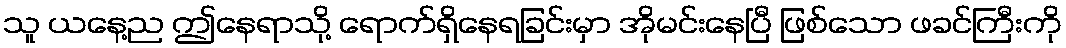
သူ ယနေ့ည ဤနေရာသို့ ရောက်ရှိနေရခြင်းမှာ အိုမင်းနေပြီ ဖြစ်သော ဖခင်ကြီးကို